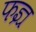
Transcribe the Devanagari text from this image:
फज्र